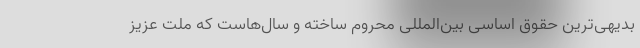
بدیهی‌ترین حقوق اساسی بین‌المللی محروم ساخته و سال‌هاست که ملت عزیز